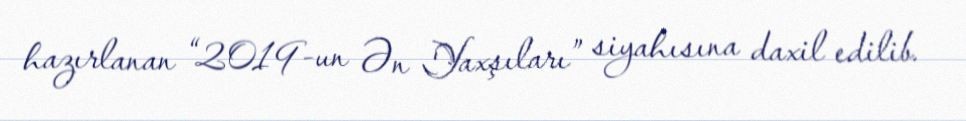
hazırlanan “2019-un Ən Yaxşıları” siyahısına daxil edilib.